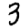
Digit: 3